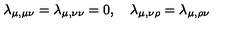
\lambda _ { \mu , \mu \nu } = \lambda _ { \mu , \nu \nu } = 0 , \quad \lambda _ { \mu , \nu \rho } = \lambda _ { \mu , \rho \nu }